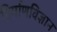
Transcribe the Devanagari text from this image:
निर्माणविज्ञान